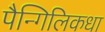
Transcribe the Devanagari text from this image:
पैन्गिलिकधा